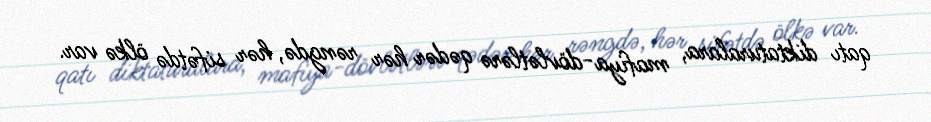
qatı diktaturalara, mafiya-dövlətlərə qədər hər rəngdə, hər sifətdə ölkə var.